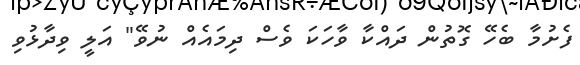
ފެށުމާ ބެހޭ ގޮތުން ދައްކާ ވާހަކަ ވެސް ދިމައެއް ނުވޭ" އަލީ ވިދާޅުވި